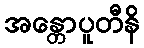
အန္တောပူတီနိ